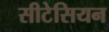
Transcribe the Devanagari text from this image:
सीटेसियन